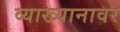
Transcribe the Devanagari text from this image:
व्याख्यानावर